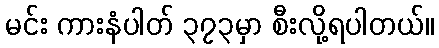
မင်း ကားနံပါတ် ၃၇၃မှာ စီးလို့ရပါတယ်။